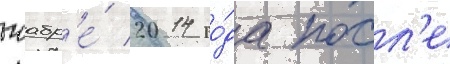
ноабр'е́ 2014 го́да посл'е